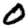
Digit: 0